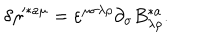
\delta \eta ^ { \prime * a \mu } = \varepsilon ^ { \mu \sigma \lambda \rho } \partial _ { \sigma } B _ { \lambda \rho } ^ { * a } .